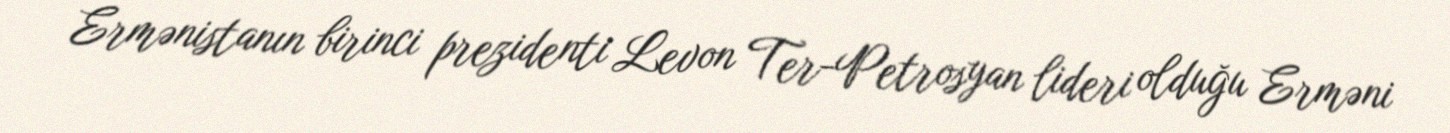
Ermənistanın birinci prezidenti Levon Ter-Petrosyan lideri olduğu Erməni